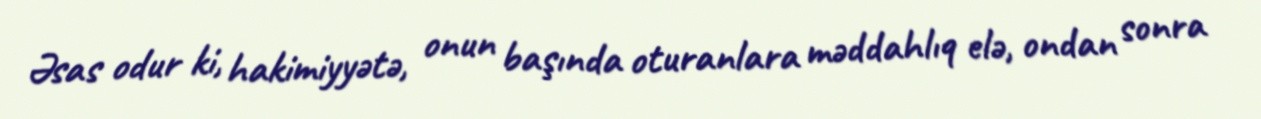
Əsas odur ki, hakimiyyətə, onun başında oturanlara məddahlıq elə, ondan sonra